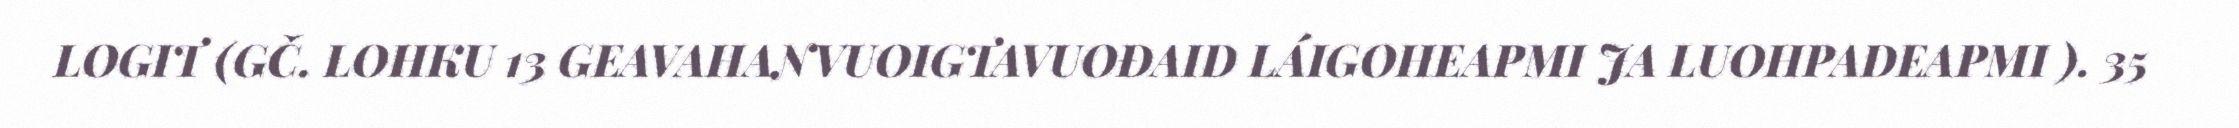
LOGIT (GČ. LOHKU 13 GEAVAHANVUOIGTAVUOĐAID LÁIGOHEAPMI JA LUOHPADEAPMI ). 35